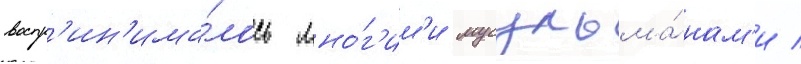
воспр'ин'има́лось мно́г'им'и мусульма́нам'и /